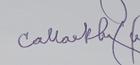
Signature authenticity: genuine